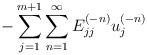
LaTeX: \begin{align*}{-\sum_{j=1}^{m+1}\sum_{n=1}^{\infty} E^{(-n)}_{jj}u^{(-n)}_j}\end{align*}